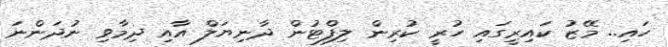
ހައި.. މޭޒު ކައިރީގައި ހުރީ ކުރިން ލިފްޓުން ދާނިޔަލް އާއި ދިމާވި ނުދަންނަ